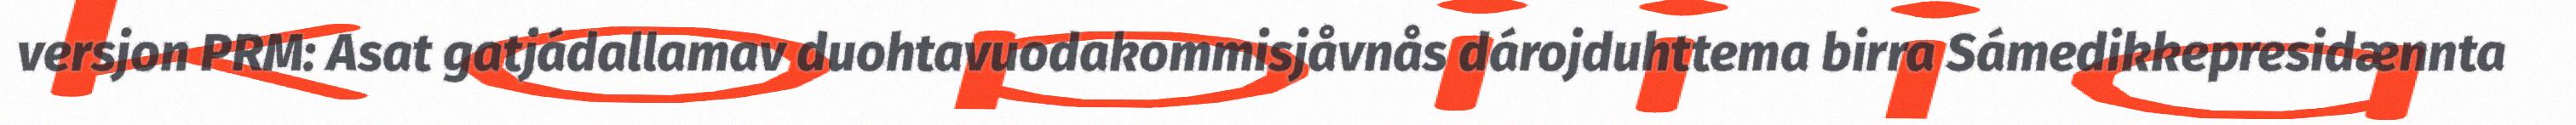
versjon PRM: Asat gatjádallamav duohtavuodakommisjåvnås dárojduhttema birra Sámedikkepresidænnta